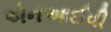
એનઆઈવી